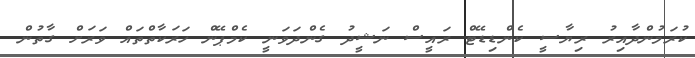
ކުރަމުންދާއިރު ރިޔާސީ ކެންޑިޑޭޓް ރައީސް ނަޝީދު ގެންދަވަނީ ކެމްޕޭން ހަރަކާތްތައް ވަރަށް ގާތުން